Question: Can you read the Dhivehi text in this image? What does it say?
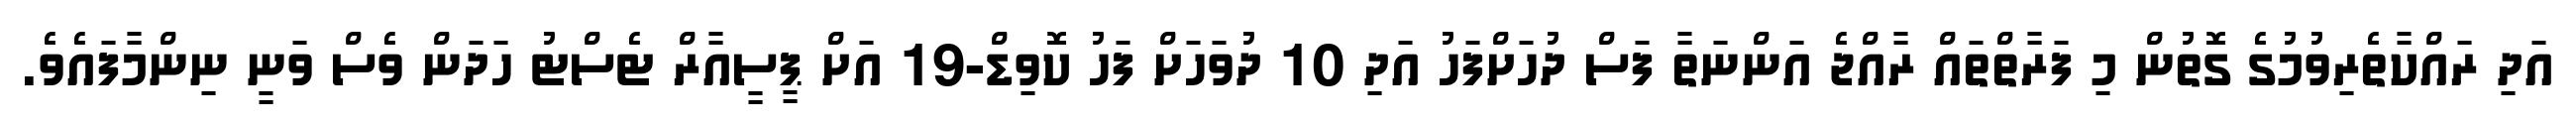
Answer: އަދި ރައްކާތެރިވުމުގެ ގޮތުން މި ފަރާތްތައް ރާއްޖެ އަންނަތާ ފަސް ދުހަށްފަހު އަދި 10 ދުވަހަށް ފަހު ކޮވިޑް-19 އަށް ޕީސީއާރް ޓެސްޓު ހަދަން ވެސް ވަނީ ނިންމާފައެވެ.